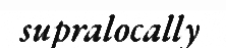
supralocally